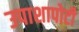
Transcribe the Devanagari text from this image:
उपाशापोटी